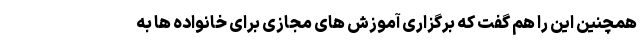
همچنین این را هم گفت که برگزاری آموزش های مجازی برای خانواده ها به